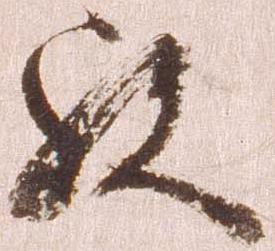
歟